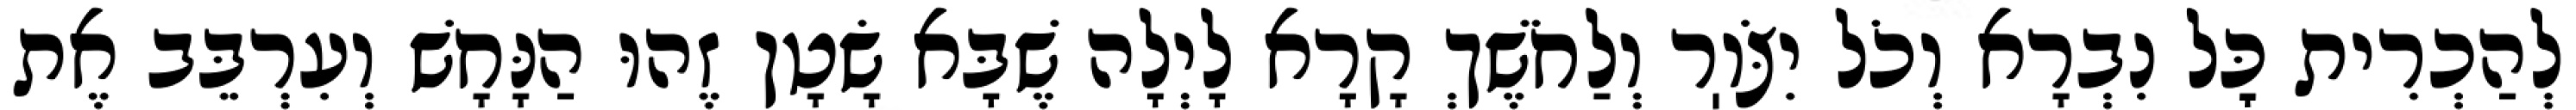
לְהַכְרִית כׇּל נִבְרָא וְכֹל יִצֹּוֽר וְלַחֹשֶׁךְ קָרָא לָיְלָה שֶׁבָּא שָׂטָן זֶהוּ הַנָּחָשׁ וְעִרְבֵּב אֶת